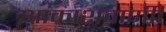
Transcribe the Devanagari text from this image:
आकाशवाणीी